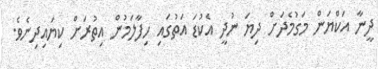
ދީނާ އަކްޔަން މަގުމެދަށް ދިޔަ ނުދީ އެކުޑަ އަތުގައި ހިފާލަމުން އިތުރަށް ކިޔައިދިނެވެ.